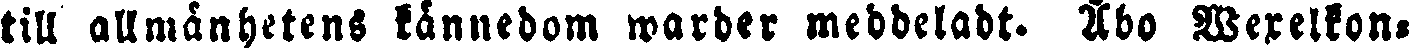
till allmänhetens kännedom warder meddeladt. Åbo Wexelkon-